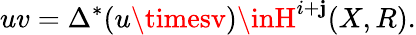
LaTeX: uv=\Delta^{*}(u\timesv)\inH^{i+\mathbf{j}}(X,R).